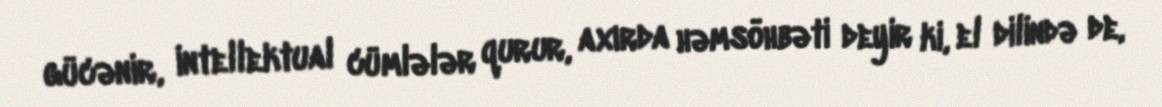
gücənir, intellektual cümlələr qurur, axırda həmsöhbəti deyir ki, el dilində de,